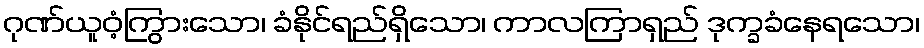
ဂုဏ်ယူဝံ့ကြွားသော၊ ခံနိုင်ရည်ရှိသော၊ ကာလကြာရှည် ဒုက္ခခံနေရသော၊